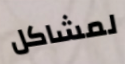
لمشاكل